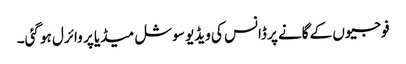
فوجیوں کے گانے پر ڈانس کی ویڈیو سوشل میڈیا پر وائرل ہو گئی۔